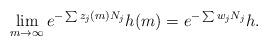
LaTeX: \begin{align*}\lim_{m \to \infty} e^{-\sum z_j(m) N_j} h(m) = e^{-\sum w_j N_j} h.\end{align*}